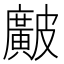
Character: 𥀱